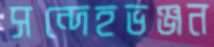
সন্দেহভঞ্জন